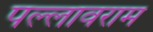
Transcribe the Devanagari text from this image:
पल्लावराम